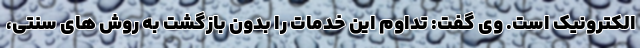
الکترونیک است. وی گفت: تداوم این خدمات را بدون بازگشت به روش های سنتی،